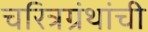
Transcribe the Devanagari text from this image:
चरित्रग्रंथांची